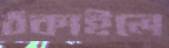
ঠকাইলে